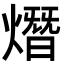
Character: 熸